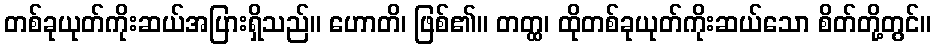
တစ်ခုယုတ်ကိုးဆယ်အပြားရှိသည်။ ဟောတိ၊ ဖြစ်၏။ တတ္ထ၊ ထိုတစ်ခုယုတ်ကိုးဆယ်သော စိတ်တို့တွင်။